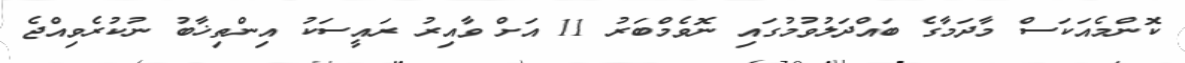
ކޮންމެއަކަސް މާދަމާގެ ބައްދަލުވުމުގައި ނޮވެމްބަރު 11 އަށް ވާއިރު ރައީސަކު އިންތިޚާބު ނުކުރެވިއްޖެ